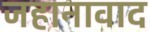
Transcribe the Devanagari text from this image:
जहानावाद